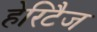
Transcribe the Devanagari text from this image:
हेरिटैज